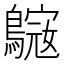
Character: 𪄓